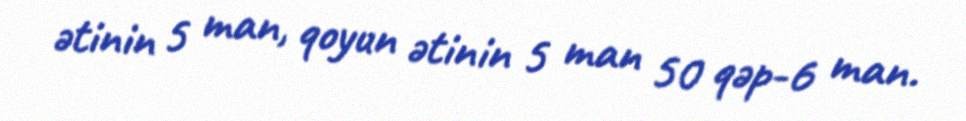
ətinin 5 man, qoyun ətinin 5 man 50 qəp-6 man.